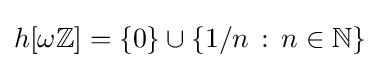
h[\omega \mathbb {Z} ]=\left\{0\right\}\cup \left\{1/n\,:\,n\in \mathbb {N} \right\}